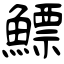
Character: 鰾